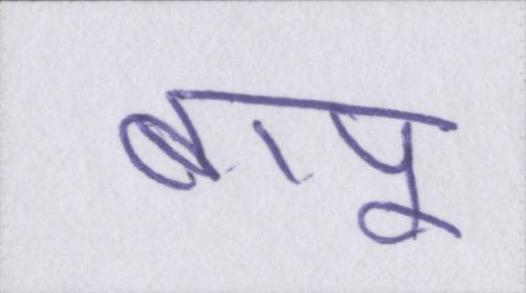
बापू